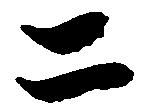
二